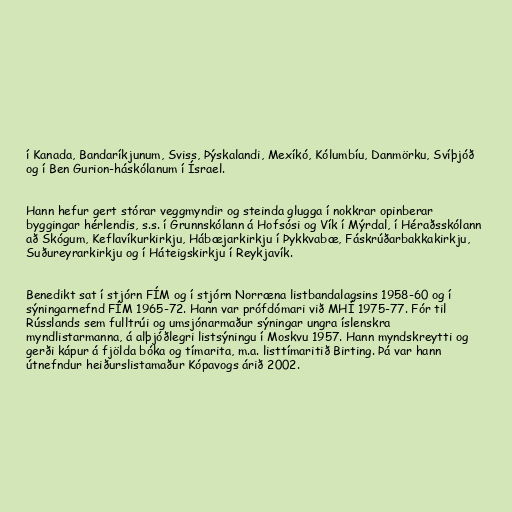
í Kan­ada, Banda­ríkj­un­um, Sviss, Þýskalandi, Mexí­kó, Kól­umb­íu, Dan­mörku, Svíþjóð
og í Ben Guri­on-há­skól­an­um í Ísra­el.

Hann hef­ur gert stór­ar vegg­mynd­ir og steinda glugga í nokkr­ar op­in­ber­ar
bygg­ing­ar hér­lend­is, s.s. í Grunn­skól­ann á Hofsósi og Vík í Mýr­dal, í Héraðsskól­ann
að Skóg­um, Kefla­vík­ur­kirkju, Há­bæj­ar­kirkju í Þykkvabæ, Fá­skrúðarbakka­kirkju,
Suður­eyr­ar­kirkju og í Há­teigs­kirkju í Reykja­vík.

Bene­dikt sat í stjórn FÍM og í stjórn Nor­ræna list­banda­lags­ins 1958-60 og í
sýn­ing­ar­nefnd FÍM 1965-72. Hann var próf­dóm­ari við MHÍ 1975-77. Fór til
Rúss­lands sem full­trúi og um­sjón­ar­maður sýn­ing­ar ungra ís­lenskra
mynd­list­ar­manna, á alþjóðlegri list­sýn­ingu í Moskvu 1957. Hann myndskreytti og
gerði káp­ur á fjölda bóka og tíma­rita, m.a. list­tíma­ritið Birt­ing. Þá var hann
út­nefnd­ur heiðurslistamaður Kópa­vogs árið 2002.